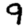
Digit: 9